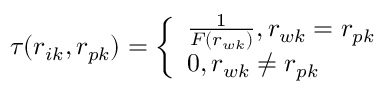
\tau ( r _ { i k } , r _ { p k } ) = \left\{ \begin{array} { l l } { { \frac { 1 } { F ( r _ { w k } ) } } , r _ { w k } = r _ { p k } } \\ { 0 , r _ { w k } \neq r _ { p k } } \end{array} \right.